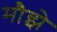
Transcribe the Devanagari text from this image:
मौझे